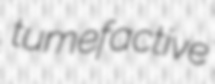
tumefactive